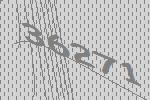
36271